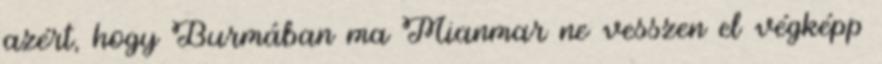
azért, hogy Burmában ma Mianmar ne vesszen el végképp